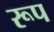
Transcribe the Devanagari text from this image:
रूप्‍ा